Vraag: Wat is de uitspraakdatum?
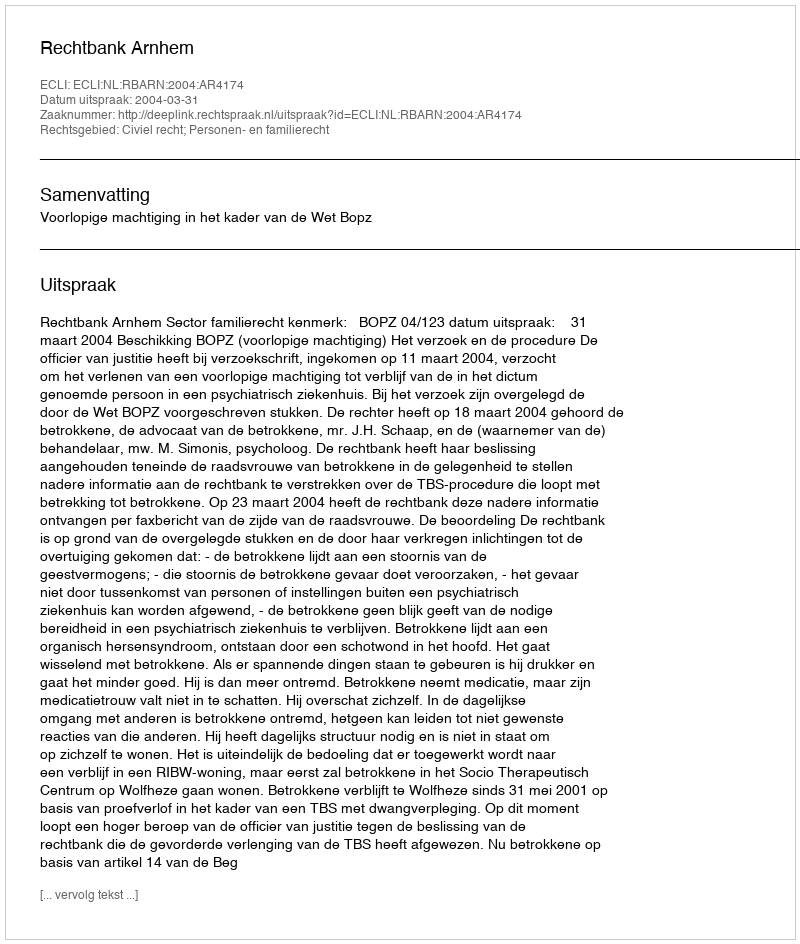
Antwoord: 2004-03-31